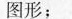
图形；